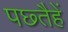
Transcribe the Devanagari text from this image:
पछ्तैहें